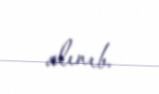
alınıb.